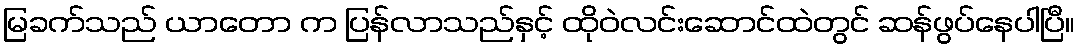
မြခက်သည် ယာတော က ပြန်လာသည်နှင့် ထိုဝဲလင်းဆောင်ထဲတွင် ဆန်ဖွပ်နေပါပြီ။